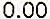
0.00